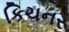
કિચનર